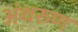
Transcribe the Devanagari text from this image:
अंथरुण